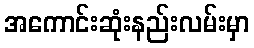
အကောင်းဆုံးနည်းလမ်းမှာ